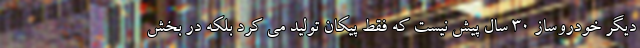
دیگر خودروساز 30 سال پیش نیست که فقط پیکان تولید می کرد بلکه در بخش